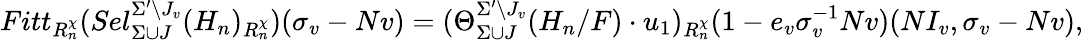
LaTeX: Fitt_{R_{n}^{\chi}}(Sel_{\Sigma\cup J}^{\Sigma^{\prime}\setminus J_{v}}(H_{n})_{R_{n}^{\chi}})(\sigma_{v}-Nv)=(\Theta_{\Sigma\cup J}^{\Sigma^{\prime}\setminus J_{v}}(H_{n}/F)\cdot u_{1})_{R_{n}^{\chi}}(1-e_{v}\sigma_{v}^{-1}Nv)(NI_{v},\sigma_{v}-Nv),